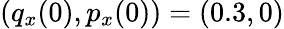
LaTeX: (q_{x}(0),p_{x}(0))=(0.3,0)